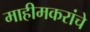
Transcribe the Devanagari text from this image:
माहीमकरांचे